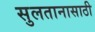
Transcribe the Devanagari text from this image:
सुलतानासाठी